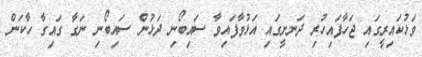
ވަޅުކައިރީގައި ޖަހާފައިހުރި ދަނށީގައި އަޅުވާފައިވާ ސައިބޯނި ދަޅުން ސައިބޯނި ނަގާ ގައިގާ ހާކަން